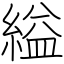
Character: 縊